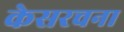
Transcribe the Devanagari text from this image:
केसरचना